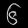
Digit: ၆